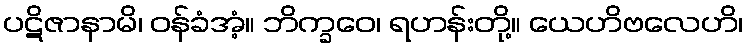
ပဋိဇာနာမိ၊ ဝန်ခံအံ့။ ဘိက္ခဝေ၊ ရဟန်းတို့။ ယေဟိဗလေဟိ၊